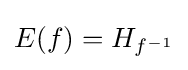
E(f)=H_{f^{-1}}